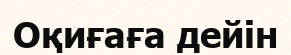
Оқиғаға дейін